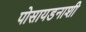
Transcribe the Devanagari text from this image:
पोसायडनाशी